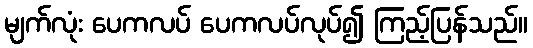
မျက်လုံး ပေကလပ် ပေကလပ်လုပ်၍ ကြည့်ပြန်သည်။